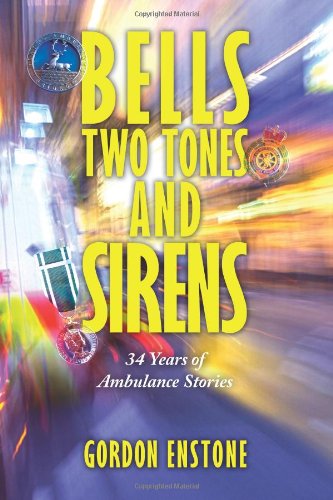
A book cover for Bells, Two Tones & Sirens: 34 Years of Ambulance Stories; Gordon Enstone; Medical Books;